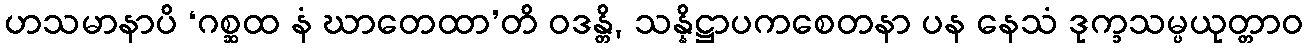
ဟသမာနာပိ ‘ဂစ္ဆထ နံ ဃာတေထာ’တိ ဝဒန္တိ, သန္နိဋ္ဌာပကစေတနာ ပန နေသံ ဒုက္ခသမ္ပယုတ္တာဝ